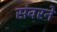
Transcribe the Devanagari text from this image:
संवरने